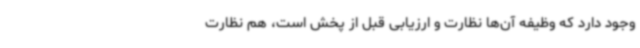
وجود دارد که وظیفه آن‌ها نظارت و ارزیابی قبل از پخش است، هم نظارت